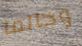
وحالما